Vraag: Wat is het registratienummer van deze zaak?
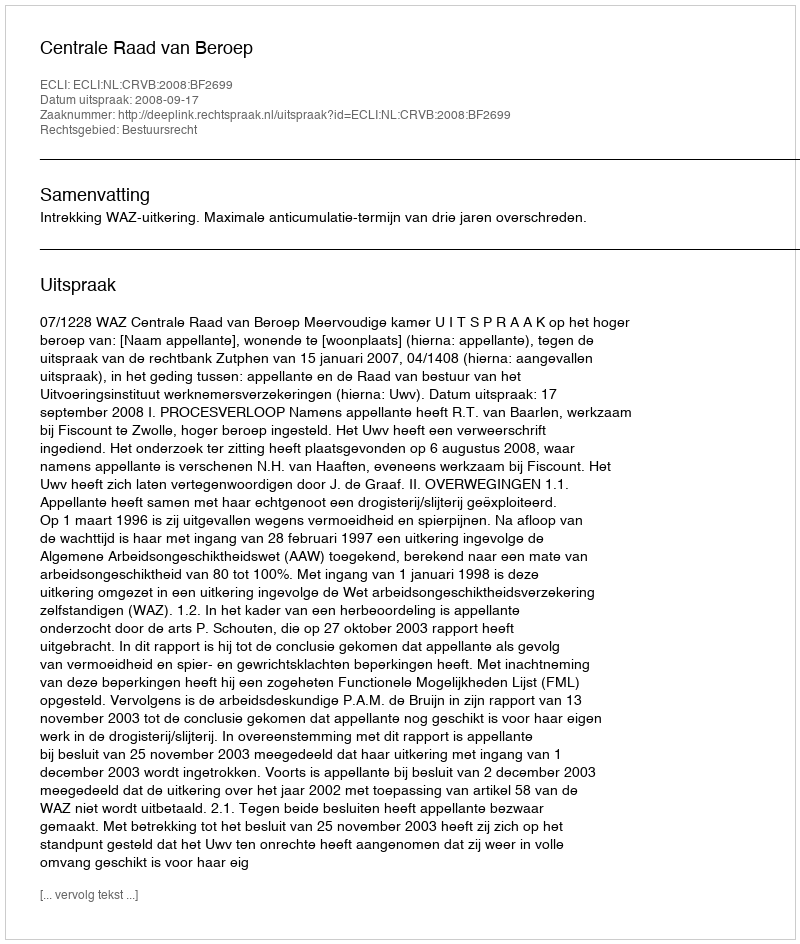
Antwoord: http://deeplink.rechtspraak.nl/uitspraak?id=ECLI:NL:CRVB:2008:BF2699